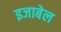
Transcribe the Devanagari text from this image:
इजाबेल